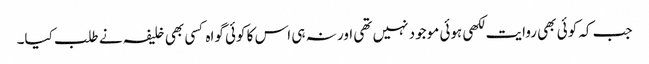
جب کہ کوئی بھی روایت لکھی ہوئی موجود نہیں تھی اور نہ ہی اس کا کوئی گواہ کسی بھی خلیفہ نے طلب کیا۔